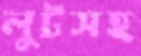
লুটসহ